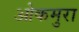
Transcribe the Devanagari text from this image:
ओकमुरा